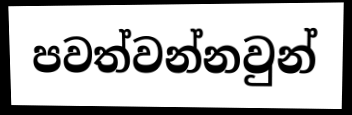
පවත්වන්නවුන්